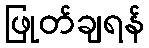
ဖြုတ်ချရန်